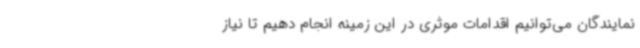
نمایندگان می‌توانیم اقدامات موثری در این زمینه انجام دهیم تا نیاز